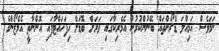
ނަމަވެސް އަމިއްލަ ޑްރޯންތައް ބޭނުންކުރުން އެމެރިކާގައި ވަރަށް ބޮޑަށް ހިފަހައްޓާފައި އޮންނާތީ އެމެޒޯންގެ